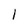
Character: 1